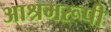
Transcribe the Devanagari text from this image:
आश्रमरूपी